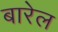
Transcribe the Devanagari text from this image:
बारेल